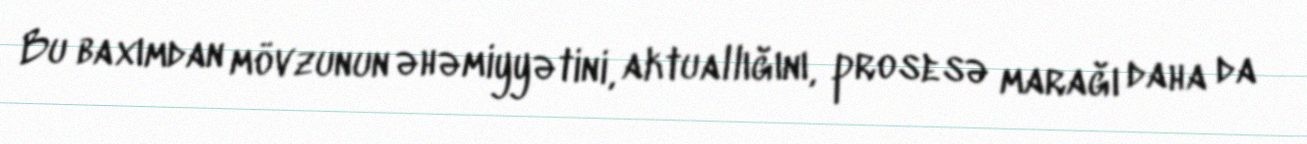
Bu baxımdan mövzunun əhəmiyyətini, aktuallığını, prosesə marağı daha da